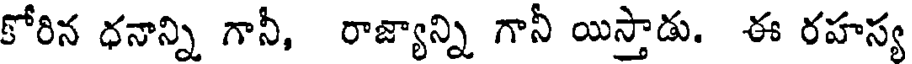
కోరిన ధనాన్ని గానీ, రాజ్యాన్ని గానీ యిస్తాడు. ఈ రహస్య